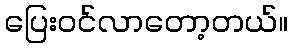
ပြေးဝင်လာတော့တယ်။